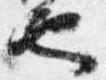
也